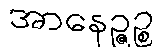
အာနေဉ္ဇဉ္စ